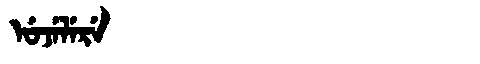
Manchu: ᡠᠵᡝᠯᡝᡵᡝ
Romanization: UJELERE